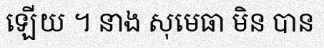
ឡើយ ។ នាង សុមេធា មិន បាន